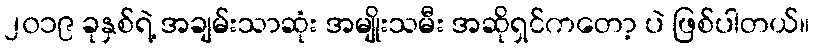
၂၀၁၉ ခုနှစ်ရဲ့ အချမ်းသာဆုံး အမျိုးသမီး အဆိုရှင်ကတော့ ပဲ ဖြစ်ပါတယ်။